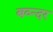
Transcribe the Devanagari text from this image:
बव्न्दर